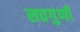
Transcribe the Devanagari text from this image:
सतगुणी